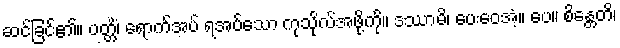
ဆင်ခြင်၏။ ပတ္တိံ၊ ရောက်အပ် ရအပ်သော ကုသိုလ်အဖို့ကို။ ဒဿာမိ၊ ပေးဝေအံ့။ ပေ။ စိန္တေတိ၊